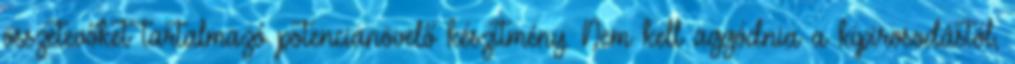
összetevőket tartalmazó potencianövelő készítmény. Nem kell aggódnia a kipirosodástól,